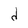
Character: d